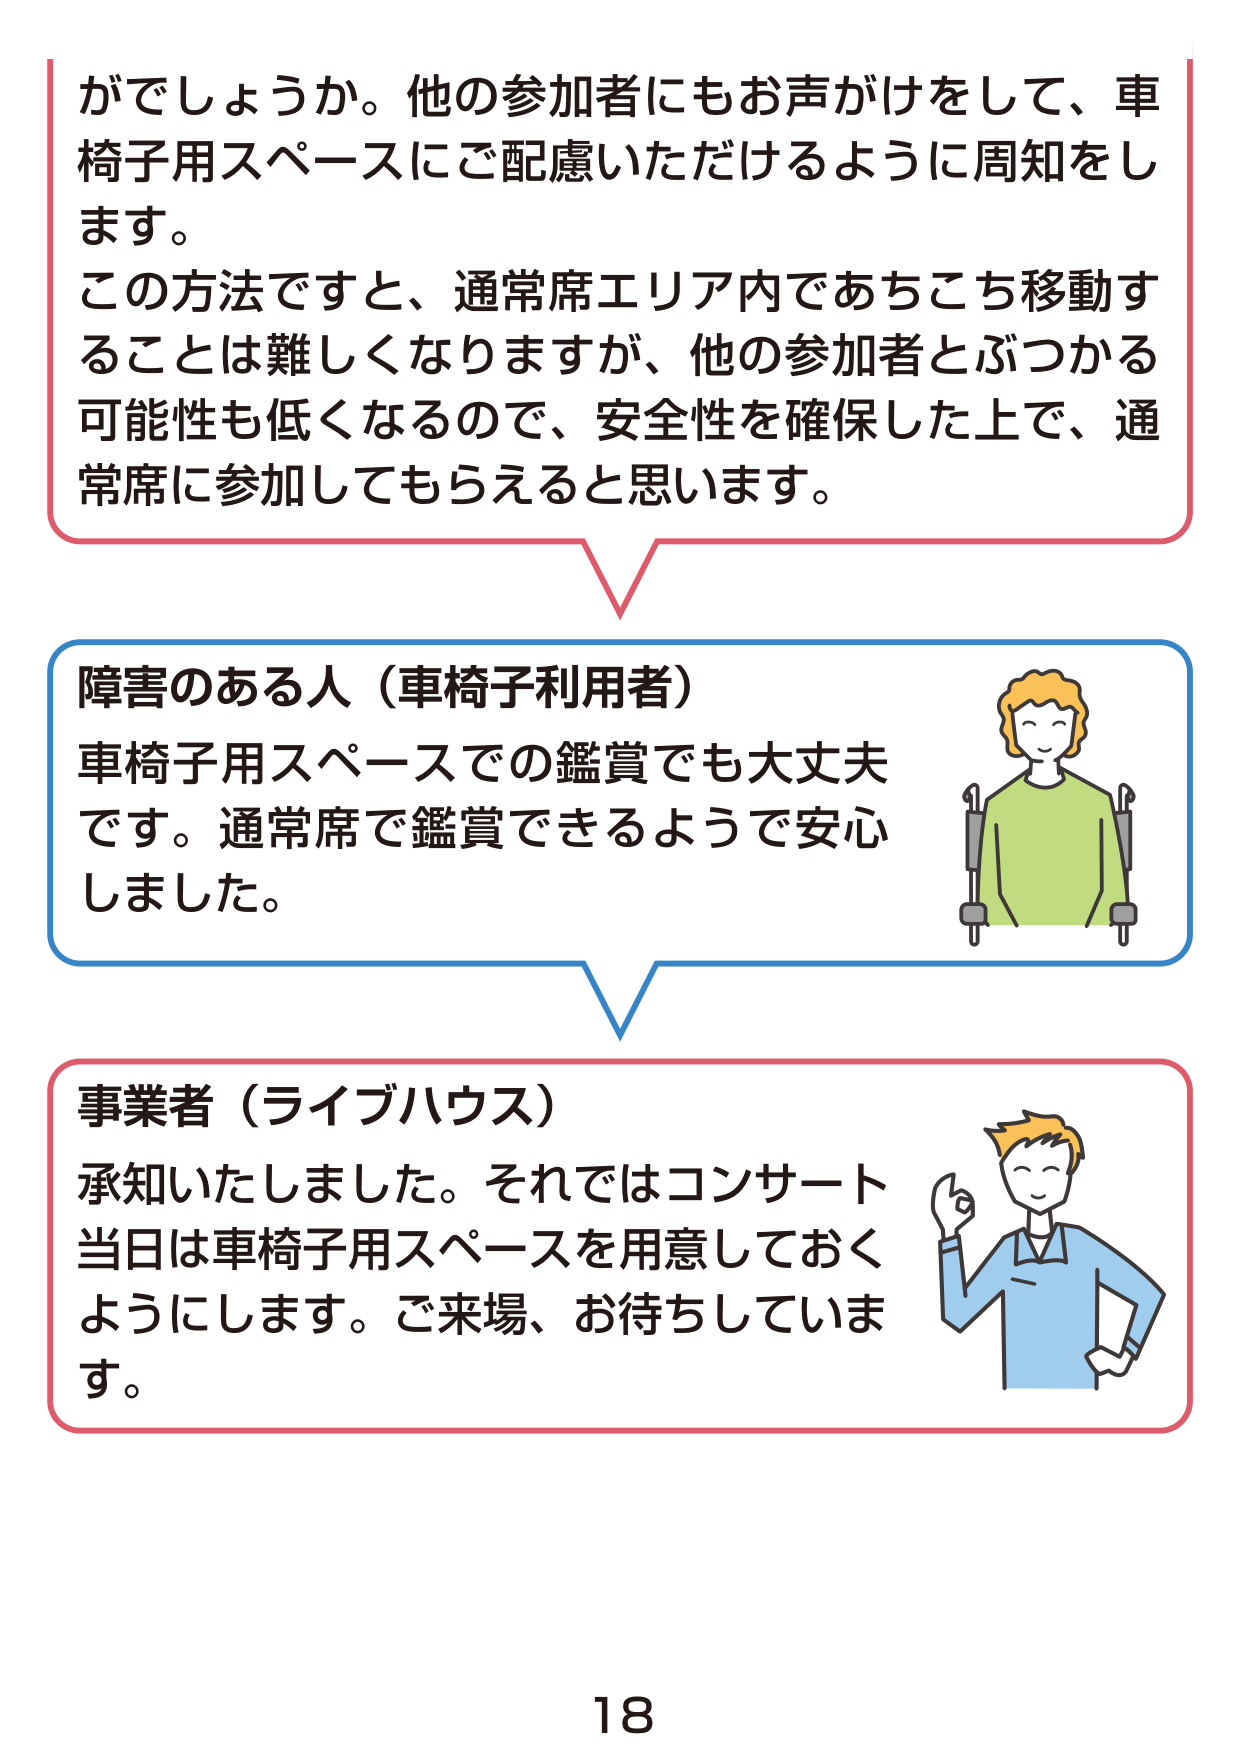
がでしょうか。他の参加者にもお声がけをして、車椅子用スペースにご配慮いただけるように周知をします。
この方法ですと、通常席エリア内であちこち移動することは難しくなりますが、他の参加者とぶつかる可能性も低くなるので、安全性を確保した上で、通常席に参加してもらえると思います。

障害のある人（車椅子利用者）
車椅子用スペースでの鑑賞でも大丈夫です。通常席で鑑賞できるようで安心しました。

事業者（ライブハウス）
承知いたしました。それではコンサート当日は車椅子用スペースを用意しておくようにします。ご来場、お待ちしています。

18